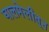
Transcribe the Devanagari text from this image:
घालमेलीतून